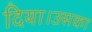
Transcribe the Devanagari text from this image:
दिया।उसका